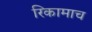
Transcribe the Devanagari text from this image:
रिकामाच